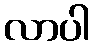
လာပါ